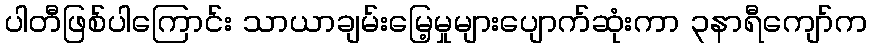
ပါတီဖြစ်ပါကြောင်း သာယာချမ်းမြေ့မှုများပျောက်ဆုံးကာ ၃နာရီကျော်က